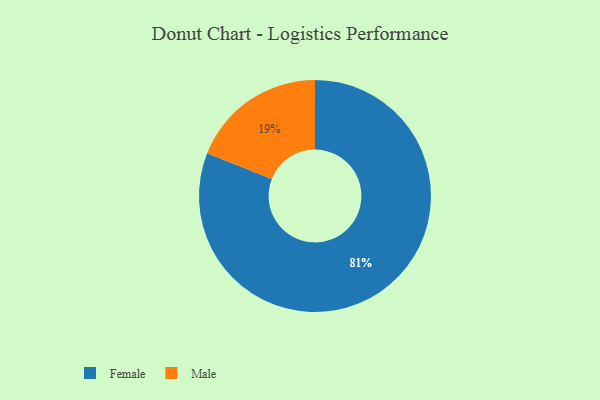
{"axis": {"x": "Category", "y": "Percentage"}, "legend": ["Female", "Male"], "data": [{"x": "Female", "y": 81, "type": "Female"}, {"x": "Male", "y": 19, "type": "Male"}]}